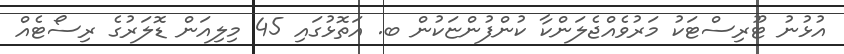
އުޅުނު ޓޫރިސްޓަކު މަރުވެއްޖެލަންކާ ކުންފުންޏަކުން ބ. އަތޮޅުގައި 45 މިލިއަން ޑޮލަރުގެ ރިސޯޓެއް